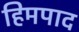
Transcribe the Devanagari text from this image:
हिमपाद